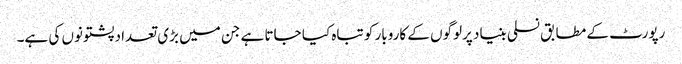
رپورٹ کے مطابق نسلی بنیاد پرلوگوں کے کاروبار کو تباہ کیا جاتا ہے جن میں بڑی تعداد پشتونوں کی ہے۔